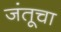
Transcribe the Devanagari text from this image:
जंतूचा